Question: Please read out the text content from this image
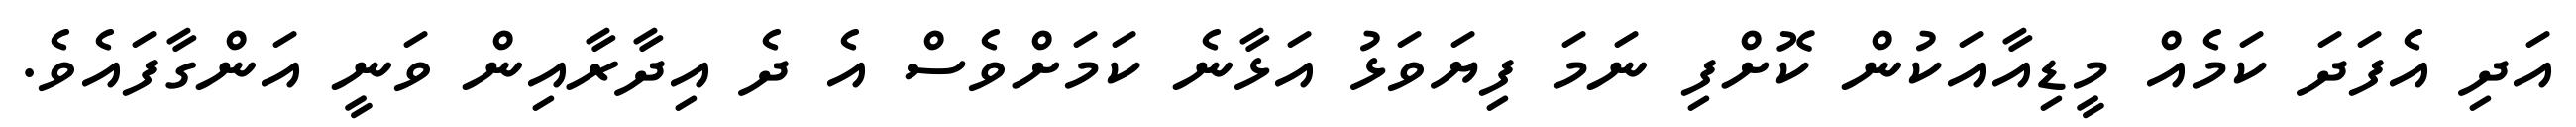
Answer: އަދި އެފަދަ ކަމެއް މީޑިއާއަކުން ކޮށްފި ނަމަ ފިޔަވަޅު އަޅާނެ ކަމަށްވެސް އެ ދެ އިދާރާއިން ވަނީ އަންގާފައެވެ.